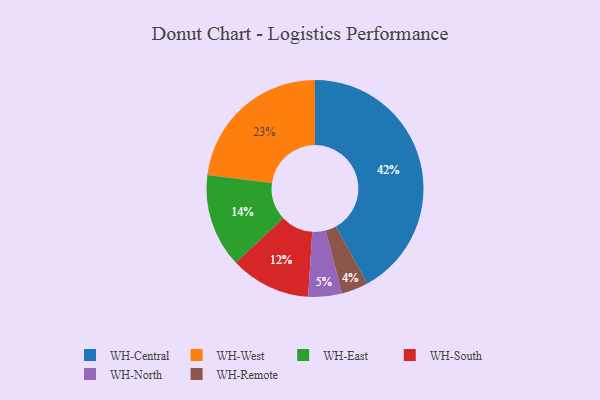
{"axis": {"x": "Category", "y": "Percentage"}, "legend": ["WH-Central", "WH-East", "WH-North", "WH-Remote", "WH-South", "WH-West"], "data": [{"x": "WH-North", "y": 5, "type": "WH-North"}, {"x": "WH-West", "y": 23, "type": "WH-West"}, {"x": "WH-South", "y": 12, "type": "WH-South"}, {"x": "WH-East", "y": 14, "type": "WH-East"}, {"x": "WH-Remote", "y": 4, "type": "WH-Remote"}, {"x": "WH-Central", "y": 42, "type": "WH-Central"}]}